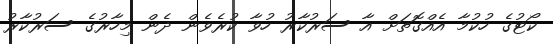
ކޯޓުގެ ހުކުމާ އެއްގޮތަށް އާ ސަރުކާރު ހުވާ ކުރެވެން ދެން މިހާރުގެ ސަރުކާރު